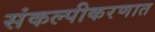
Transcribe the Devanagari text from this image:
संकल्पीकरणात